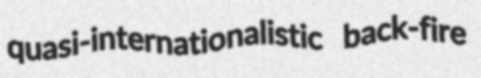
quasi-internationalistic back-fire